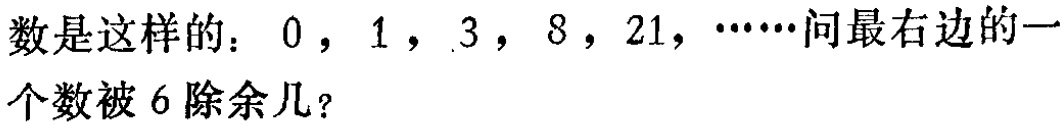
数是这样的：$0$，$1$，$3$，$8$，$21$，$\cdots\cdots$问最右边的一个数被$6$除余几？